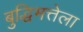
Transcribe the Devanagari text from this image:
बुद्धिमत्तेला